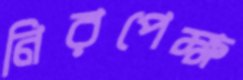
নিরপেক্ষ